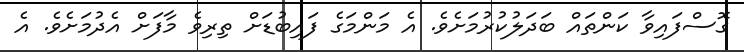
ގޮސްފައިވާ ކަންތައް ބަދަލުކުރުމަށެވެ. އެ މަންމަގެ ފައިބުޑަށް ތިރިވެ މާފަށް އެދުމަށެވެ. އެ